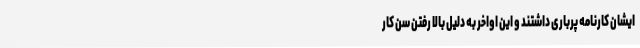
ایشان کارنامه پرباری داشتند و این اواخر به دلیل بالا رفتن سن کار